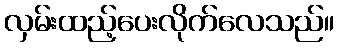
လှမ်းထည့်ပေးလိုက်လေသည်။